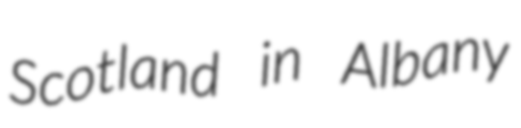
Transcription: Scotland in Albany